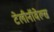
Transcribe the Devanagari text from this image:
टेलीनॉवेल्स